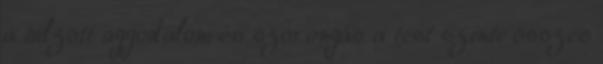
a túlzott aggodalom és szorongás a test szinte összes